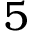
5